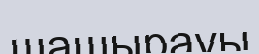
шашырауы